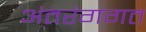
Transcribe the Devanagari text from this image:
अंतरंगगत